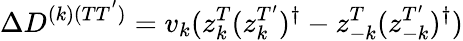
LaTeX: \Delta D^{(k)(TT^{'})}=v_{k}(z_{k}^{T}(z_{k}^{T^{\prime}})^{\dagger}-z_{-k}^{T}(z_{-k}^{T^{\prime}})^{\dagger})